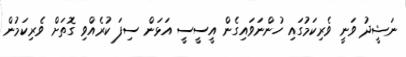
ނަޝީދު ވަނީ ވެރިކަމުގައި ހުންނަވައިގެން އީސީސީ އަޅަން ސިފަ ކުރެއްވި ގޮތަށް ވެރިކަމުން